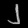
Digit: ၂